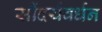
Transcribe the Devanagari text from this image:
सौंदर्यवर्धन